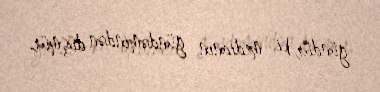
gündür ki, medianın gündəmindən düşmür.